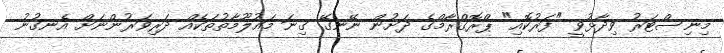
މިނިސްޓަރު ވިދާޅުވީ "ފަރުކޮއި" ޕްރޮގްރާމްގެ ދަށުން ނޭނގޭ ގިނަ މައުލޫމާތުތަކެއް ދަރިވަރުންނަށް އެނގުނު